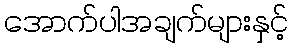
အောက်ပါအချက်များနှင့်